Manual of the Civil Veterinary Department, Central Provinces and Berar
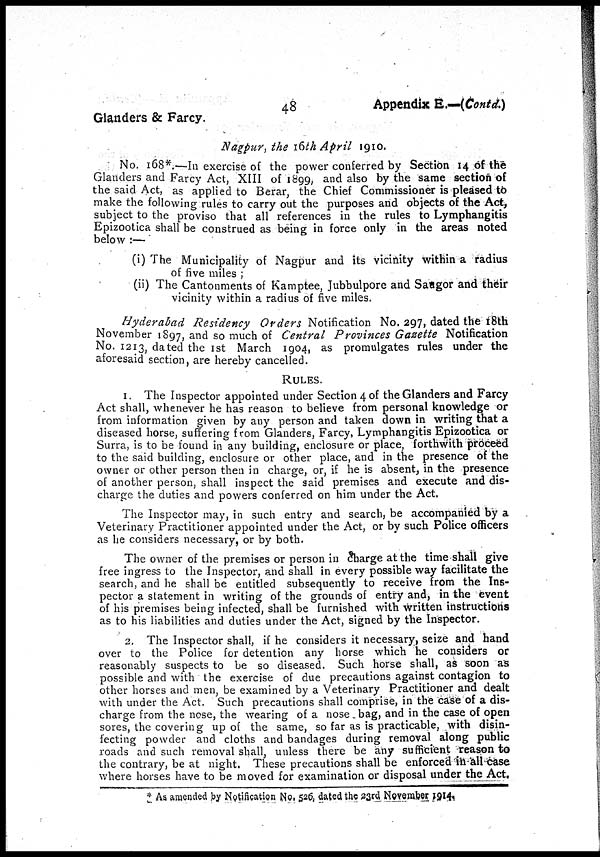
48
Appendix E.—(Contd.)
Glanders & Farcy.
Nagpur, the 16th April 1910.
No. 168*.—In exercise of the power conferred by Section 14 of the
Glanders and Farcy Act, XIII of 1899, and also by the same section of
the said Act, as applied to Berar, the Chief Commissioner is pleased to
make the following rules to carry out the purposes and objects of the Act,
subject to the proviso that all references in the rules to Lymphangitis
Epizootica shall be construed as being in force only in the areas noted
below :—
(i) The Municipality of Nagpur and its vicinity within a radius
of five miles ;
(ii) The Cantonments of Kamptee, Jubbulpore and Saugor and their
vicinity within a radius of five miles.
Hyderabad Residency Orders Notification No. 297, dated the 18th
November 1897, and so much of Central Provinces Gazette Notification
No. 1213, dated the 1st March 1904, as promulgates rules under the
aforesaid section, are hereby cancelled.
RULES.
1. The Inspector appointed under Section 4 of the Glanders and Farcy
Act shall, whenever he has reason to believe from personal knowledge or
from information given by any person and taken down in writing that a
diseased horse, suffering from Glanders, Farcy, Lymphangitis Epizootica or
Surra, is to be found in any building, enclosure or place, forthwith proceed
to the said building, enclosure or other place, and in the presence of the
owner or other person then in charge, or, if he is absent, in the presence
of another person, shall inspect the said premises and execute and dis-
charge the duties and powers conferred on him under the Act.
The Inspector may, in such entry and search, be accompanied by a
Veterinary Practitioner appointed under the Act, or by such Police officers
as he considers necessary, or by both.
The owner of the premises or person in charge at the time shall give
free ingress to the Inspector, and shall in every possible way facilitate the
search, and he shall be entitled subsequently to receive from the Ins-
pector a statement in writing of the grounds of entry and, in the event
of his premises being infected, shall be furnished with written instructions
as to his liabilities and duties under the Act, signed by the Inspector.
2. The Inspector shall, if he considers it necessary, seize and hand
over to the Police for detention any horse which he considers or
reasonably suspects to be so diseased. Such horse shall, as soon as
possible and with the exercise of due precautions against contagion to
other horses and men, be examined by a Veterinary Practitioner and dealt
with under the Act. Such precautions shall comprise, in the case of a dis-
charge from the nose, the wearing of a nose bag, and in the case of open
sores, the covering up of the same, so far as is practicable, with disin-
fecting powder and cloths and bandages during removal along public
roads and such removal shall, unless there be any sufficient reason to
the contrary, be at night. These precautions shall be enforced in all case
where horses have to be moved for examination or disposal under the Act.
* As amended by Notification No. 526 dated the 23rd November 1914.